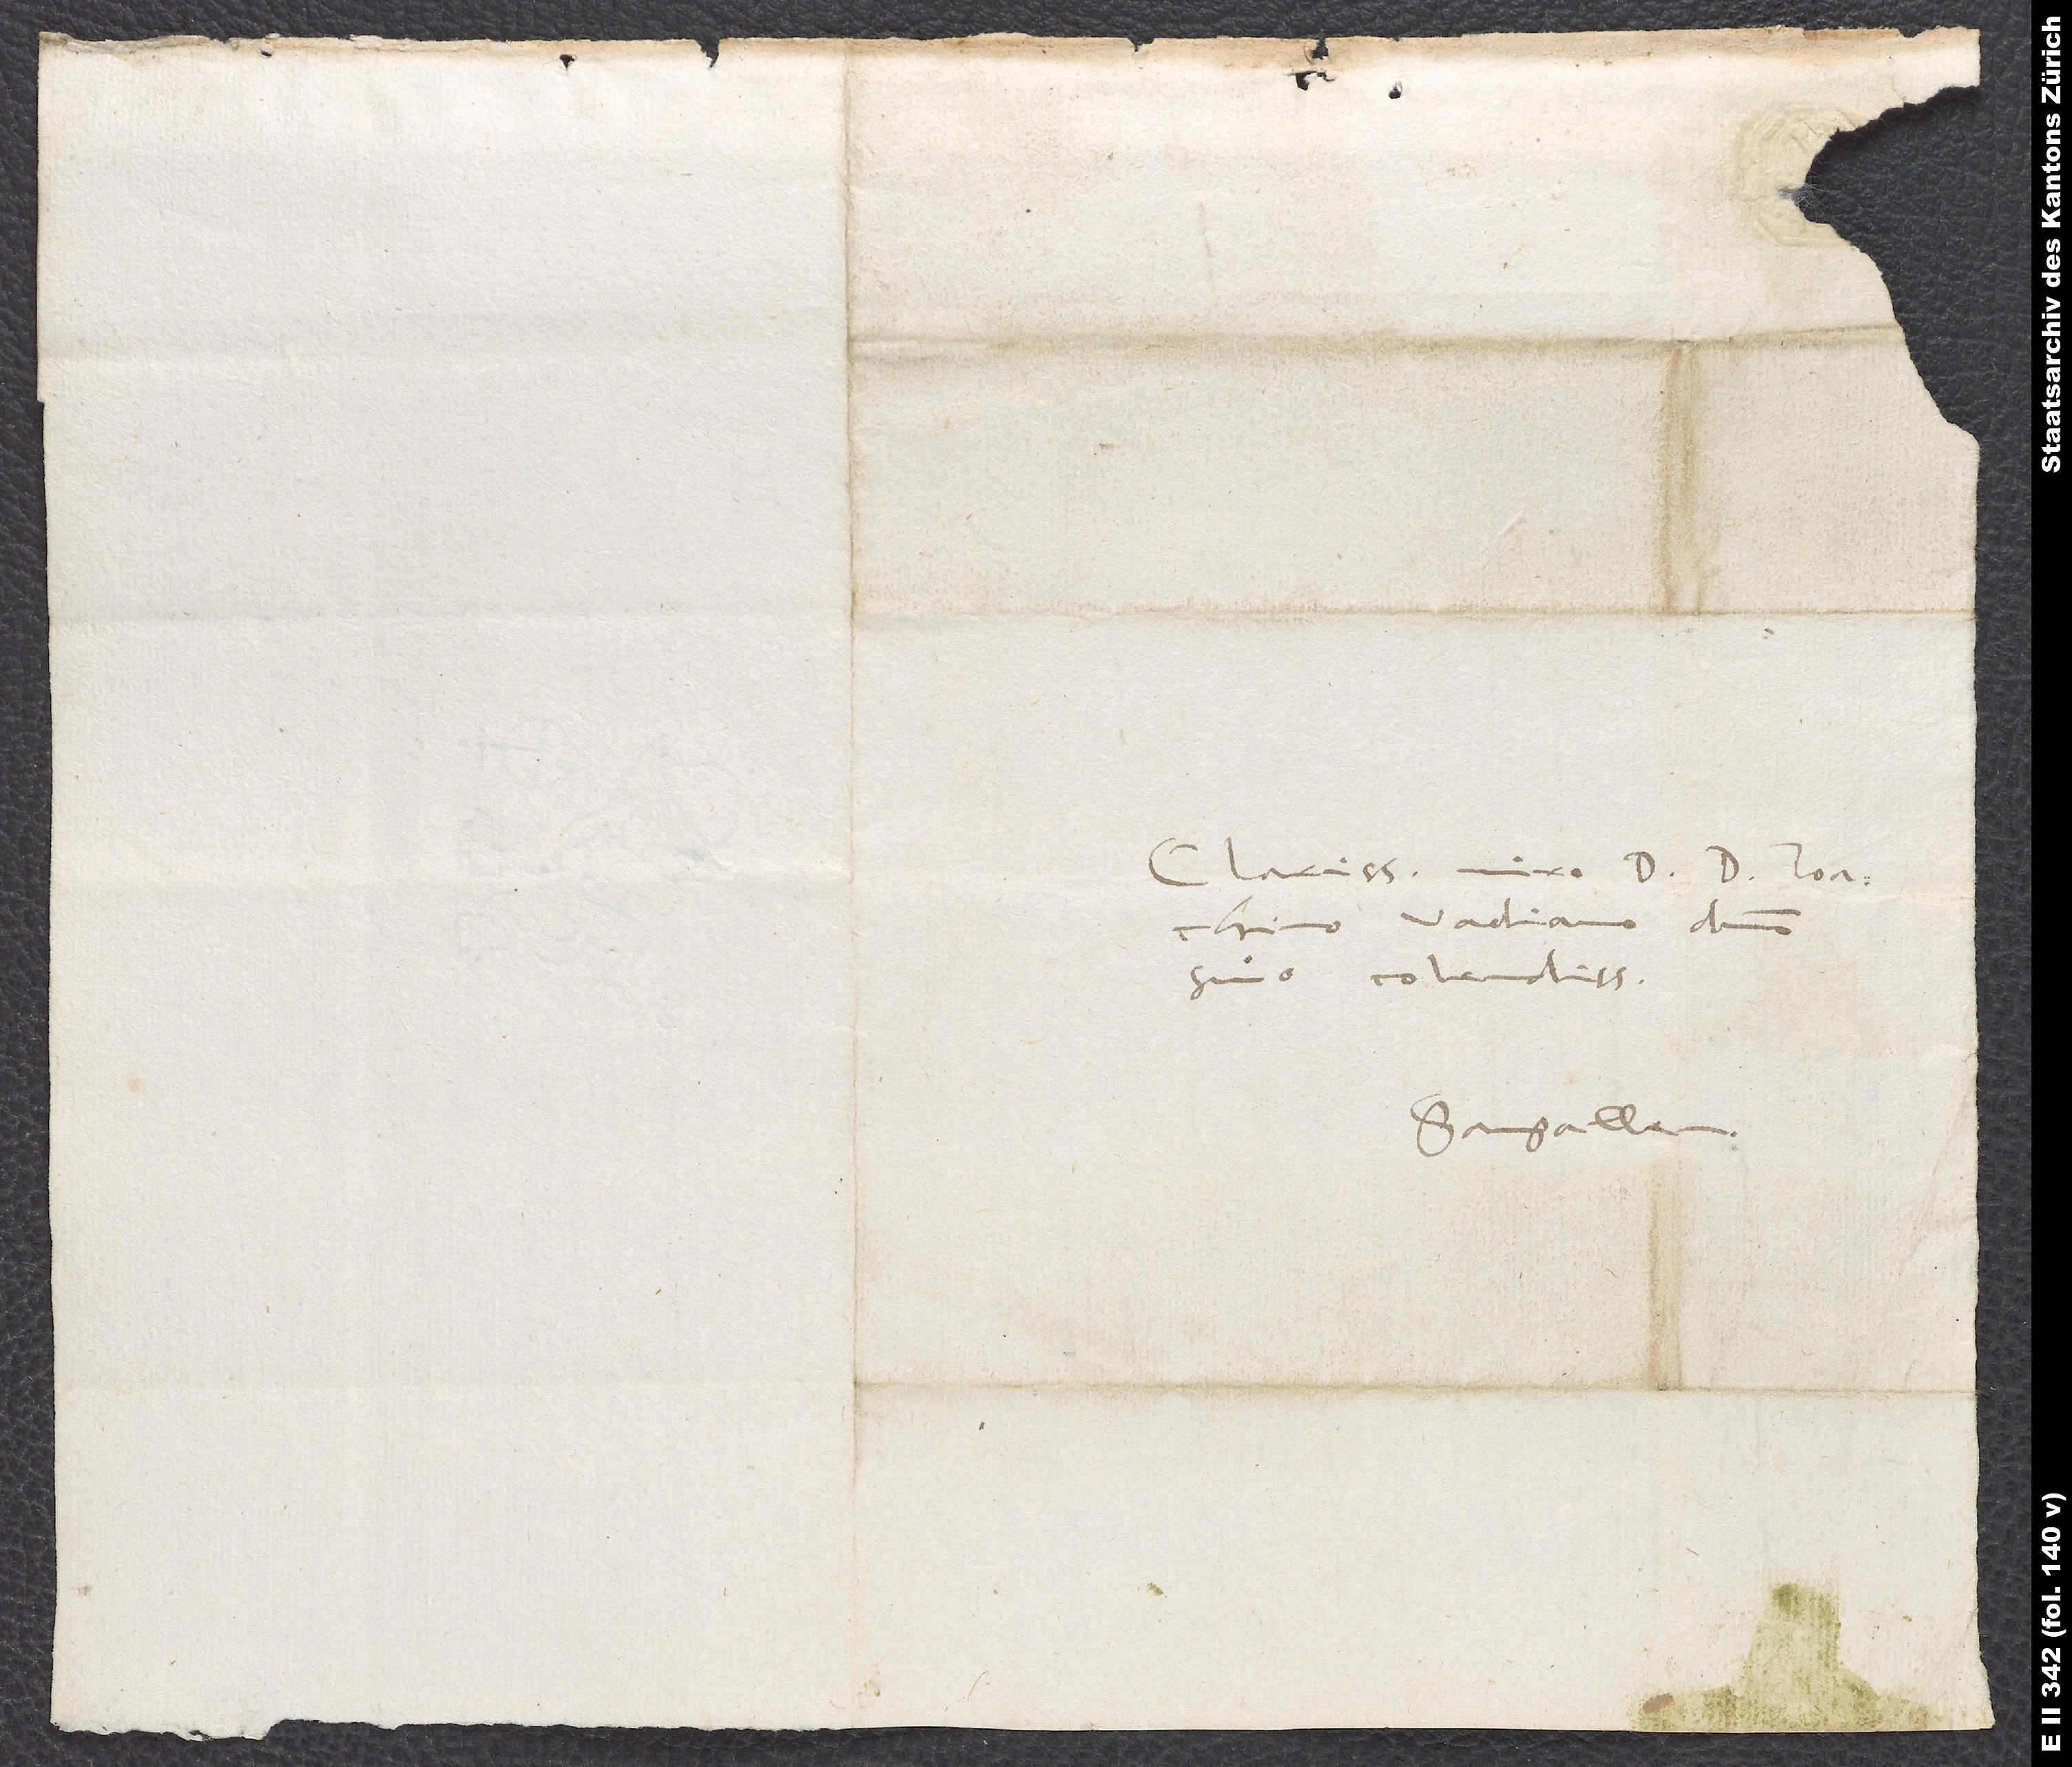
Clarissimo viro d. d Ioachimo
Vadiano, domino
suo colendissimo.
S.
Sangallen.